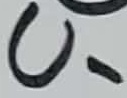
Text: U-